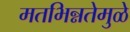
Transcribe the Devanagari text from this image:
मतभिन्नतेमुळे